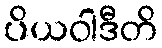
ပိယဝါဒီတိ